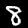
Digit: 8